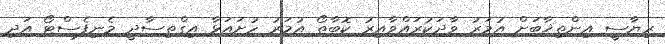
ރިޔާސީ އިންތިޚާބަށް އުމަރު ވާދަކުރައްވާއިރު ކޮބާތޯ އުމަރު ހުށައަޅާ އިގްތިސާދީ މެނިފެސްޓޯ އަދި